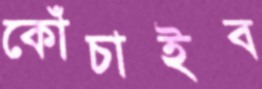
কোঁচাইব